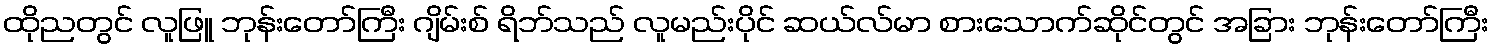
ထိုညတွင် လူဖြူ ဘုန်းတော်ကြီး ဂျိမ်းစ် ရိဘ်သည် လူမည်းပိုင် ဆယ်လ်မာ စားသောက်ဆိုင်တွင် အခြား ဘုန်းတော်ကြီး